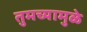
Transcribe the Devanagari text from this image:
तुमच्यामुळे